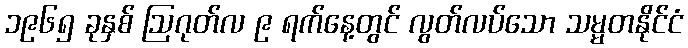
၁၉၆၅ ခုနှစ် ဩဂုတ်လ ၉ ရက်နေ့တွင် လွတ်လပ်သော သမ္မတနိုင်ငံ